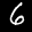
Label: 6